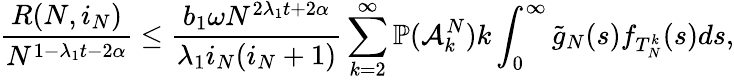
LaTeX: \frac{R(N,i_{N})}{N^{1-\lambda_{1}t-2\alpha}}\leq\frac{b_{1}\omega N^{2\lambda_{1}t+2\alpha}}{\lambda_{1}i_{N}(i_{N}+1)}\sum_{k=2}^{\infty}\mathbb{P}(\mathcal{A}_{k}^{N})k\int_{0}^{\infty}\tilde{g}_{N}(s)f_{T_{N}^{k}}(s)ds,